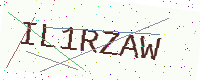
Text: IL1RZAW